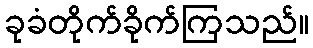
ခုခံတိုက်ခိုက်ကြသည်။